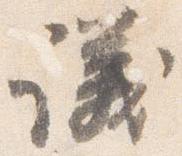
議